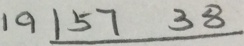
1 9 1 5 7 3 8